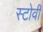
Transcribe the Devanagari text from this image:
स्टोवी